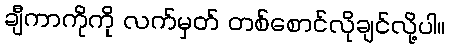
ချီကာကိုကို လက်မှတ် တစ်စောင်လိုချင်လို့ပါ။